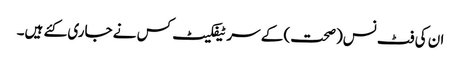
ان کی فٹ نس(صحت) کے سر ٹیفکیٹ کس نے جاری کئے ہیں۔